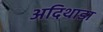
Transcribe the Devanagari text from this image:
अदिथाडा